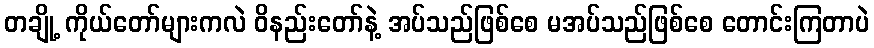
တချို့ ကိုယ်တော်များကလဲ ဝိနည်းတော်နဲ့ အပ်သည်ဖြစ်စေ မအပ်သည်ဖြစ်စေ တောင်းကြတာပဲ